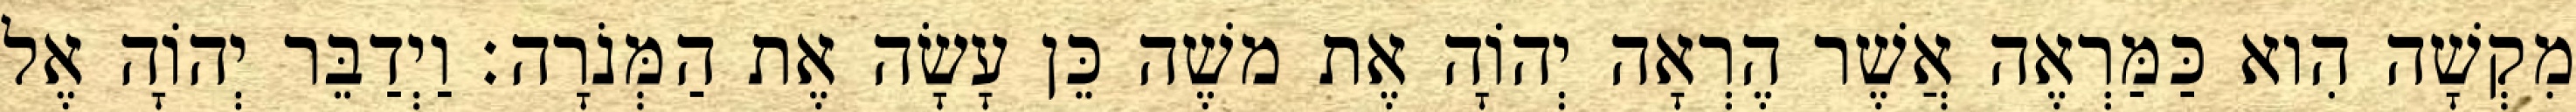
מִקְשָׁה הִוא כַּמַּרְאֶה אֲשֶׁר הֶרְאָה יְהוָֹה אֶת משֶׁה כֵּן עָשָׂה אֶת הַמְּנֹרָה׃ וַיְדַבֵּר יְהוָֹה אֶל